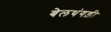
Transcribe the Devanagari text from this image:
बेलथंगड़ी